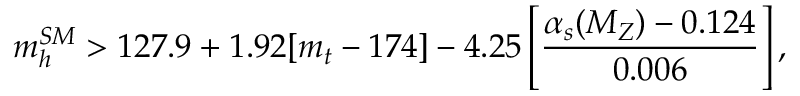
m _ { h } ^ { S M } > 1 2 7 . 9 + 1 . 9 2 [ m _ { t } - 1 7 4 ] - 4 . 2 5 \left[ \frac { \alpha _ { s } ( M _ { Z } ) - 0 . 1 2 4 } { 0 . 0 0 6 } \right] ,